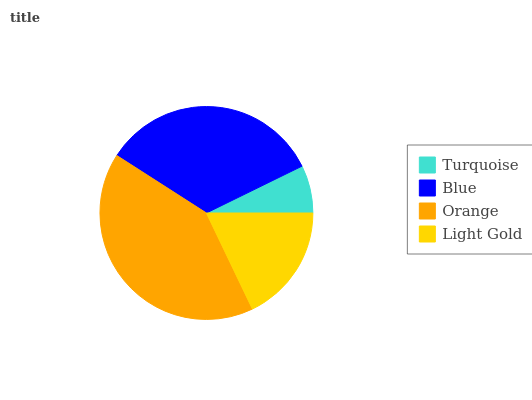
| Turquoise | Blue | Orange | Light Gold |
 | --- | --- | --- | --- |
 | 7.25% | 33.7% | 41.2% | 17.8% |